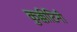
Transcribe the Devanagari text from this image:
कुक्कीटिनी